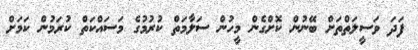
ފަދަ ވަސީލަތްތަށް ބޭނުން ކޮށްގެން މީހުން ސަލާމަތް ކުރުމުގެ މަސައްކަތް ކުރަމުން ކަމަށް